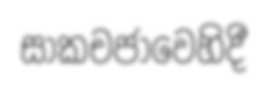
සාකචජාවෙහිදී